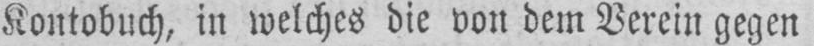
Kontobuch, in welches die von dem Verein gegen